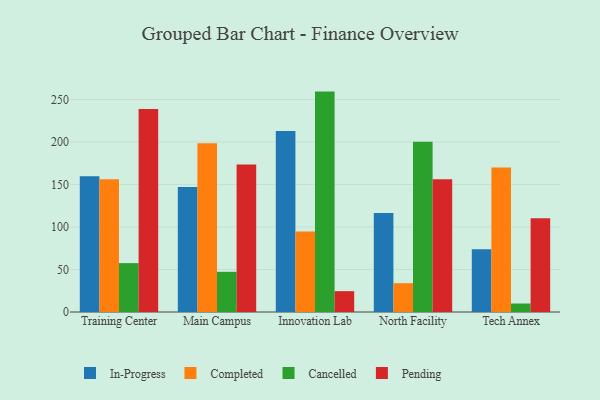
{"axis": {"x": "Campus", "y": "Energy Usage (MWh)"}, "legend": ["Cancelled", "Completed", "In-Progress", "Pending"], "data": [{"x": "Training Center", "y": 159.6, "type": "In-Progress"}, {"x": "Training Center", "y": 156.1, "type": "Completed"}, {"x": "Training Center", "y": 57.5, "type": "Cancelled"}, {"x": "Training Center", "y": 238.7, "type": "Pending"}, {"x": "Main Campus", "y": 147.1, "type": "In-Progress"}, {"x": "Main Campus", "y": 198.5, "type": "Completed"}, {"x": "Main Campus", "y": 47.3, "type": "Cancelled"}, {"x": "Main Campus", "y": 173.6, "type": "Pending"}, {"x": "Innovation Lab", "y": 213.0, "type": "In-Progress"}, {"x": "Innovation Lab", "y": 94.6, "type": "Completed"}, {"x": "Innovation Lab", "y": 259.3, "type": "Cancelled"}, {"x": "Innovation Lab", "y": 24.5, "type": "Pending"}, {"x": "North Facility", "y": 116.5, "type": "In-Progress"}, {"x": "North Facility", "y": 33.9, "type": "Completed"}, {"x": "North Facility", "y": 200.4, "type": "Cancelled"}, {"x": "North Facility", "y": 156.3, "type": "Pending"}, {"x": "Tech Annex", "y": 73.8, "type": "In-Progress"}, {"x": "Tech Annex", "y": 170.1, "type": "Completed"}, {"x": "Tech Annex", "y": 10.0, "type": "Cancelled"}, {"x": "Tech Annex", "y": 110.4, "type": "Pending"}]}